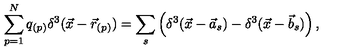
\sum _ { p = 1 } ^ { N } q _ { ( p ) } \delta ^ { 3 } ( \vec { x } - \vec { r } _ { ( p ) } ) = \sum _ { s } \left( \delta ^ { 3 } ( \vec { x } - \vec { a } _ { s } ) - \delta ^ { 3 } ( \vec { x } - \vec { b } _ { s } ) \right) ,